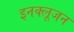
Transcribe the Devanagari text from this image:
इनक्लूजन